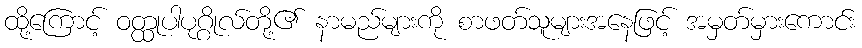
ထို့ကြောင့် ဝတ္ထုပါပုဂ္ဂိုလ်တို့၏ နာမည်များကို စာဖတ်သူများအနေဖြင့် အမှတ်မှားကောင်း